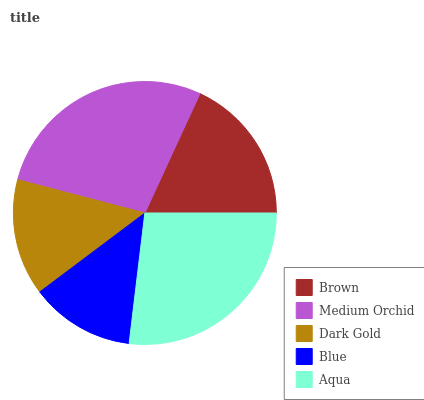
| Brown | Medium Orchid | Dark Gold | Blue | Aqua |
 | --- | --- | --- | --- | --- |
 | 18.1% | 27.8% | 14.3% | 12.8% | 26.9% |